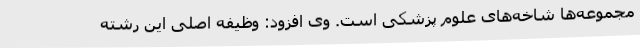
مجموعه‌ها شاخه‌های علوم پزشکی است. وی افزود: وظیفه اصلی این رشته